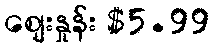
စျေးနှုန်း $5.99